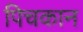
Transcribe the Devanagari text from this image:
पिचकान